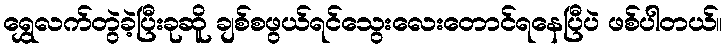
ရွှေလက်တွဲခဲ့ပြီးခုဆိူ ချစ်စဖွယ်ရင်သွေးလေးတောင်ရနေပြီပဲ ဖစ်ပါတယ်။